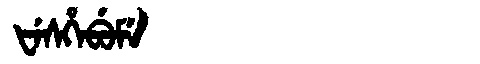
Manchu: ᡶᡝᠰᡥᡝᠪᡠᠮᡝ
Romanization: FESHEBUME